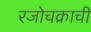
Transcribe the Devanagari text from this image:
रजोचक्राची